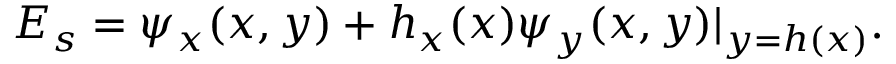
E _ { s } = \psi _ { x } ( x , y ) + h _ { x } ( x ) \psi _ { y } ( x , y ) | _ { y = h ( x ) } .